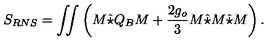
S _ { R N S } = \int \! \! \! \int \left( M \hat { \star } Q _ { B } M + \frac { 2 g _ { o } } { 3 } M \hat { \star } M \hat { \star } M \right) .